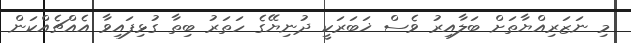
މި ނަޒަރިއްޔާތަށް ބަލާއިރު ވެސް ޚަބަރަކީ ދުނިޔޭގެ ހަތަރު ބިތާ ގުޅިފައިވާ އެއްޗެއްކަން